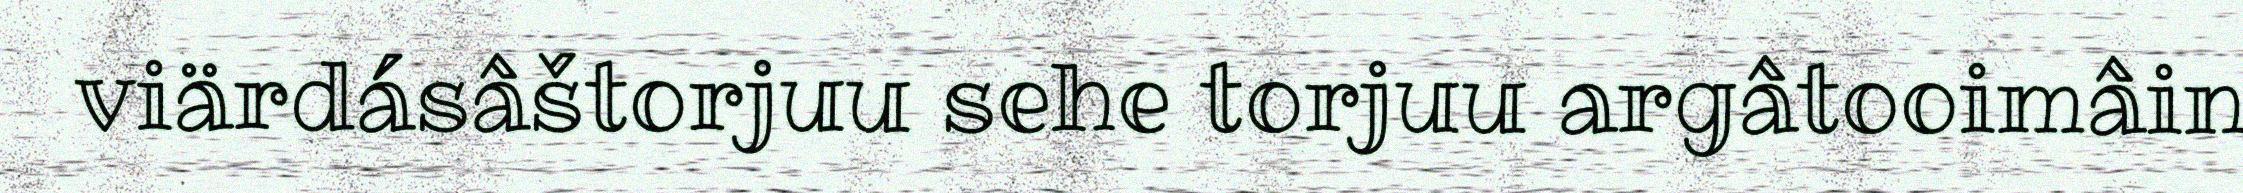
viärdásâštorjuu sehe torjuu argâtooimâin